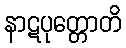
နာဋပုတ္တောတိ